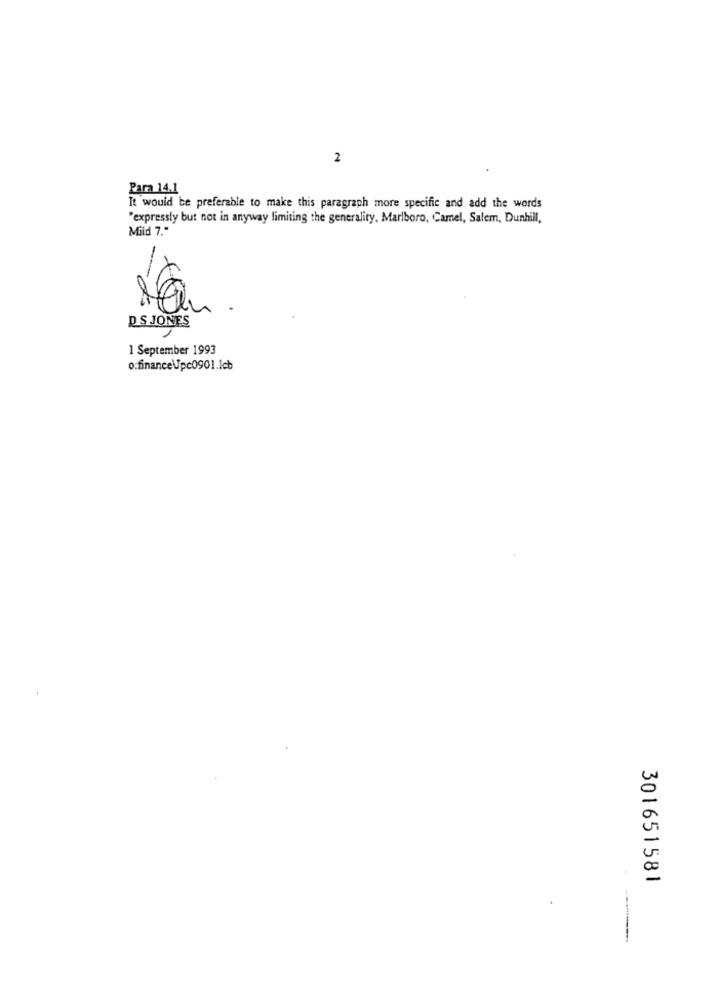
2
Para 14.1
It would be preferable to make this paragraph more specific and add the words
"expressly but not in anyway limiting the generality, Marlboro, Camel, Salem, Dunhill,
Mild 7."
-
DS JONES
1 September 1993
o:finance\pc0901.1cb
301651581